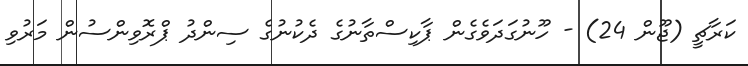
ކަރާޗީ (ޖޫން 24) - ހޫނުގަދަވެގެން ޕާކިސްތާނުގެ ދެކުނުގެ ސިންދު ޕްރޮވިންސުން މަރުވި